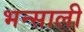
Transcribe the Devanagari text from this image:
भन्साली